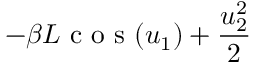
- \beta L \mathrm { ~ c ~ o ~ s ~ } ( u _ { 1 } ) + \frac { u _ { 2 } ^ { 2 } } { 2 }